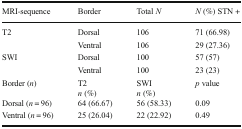
<table><thead><tr><td><b>MRI-sequence</b></td><td><b>Border</b></td><td><b>Total <i>N</i></b></td><td><b><i>N</i> (%) STN +</b></td></tr></thead><tbody><tr><td>T2</td><td>Dorsal</td><td>106</td><td>71 (66.98)</td></tr><tr><td></td><td>Ventral</td><td>106</td><td>29 (27.36)</td></tr><tr><td>SWI</td><td>Dorsal</td><td>100</td><td>57 (57)</td></tr><tr><td></td><td>Ventral</td><td>100</td><td>23 (23)</td></tr><tr><td>Border (<i>n</i>)</td><td>T2<i>n</i> (%)</td><td>SWI<i>n</i> (%)</td><td><i>p</i> value</td></tr><tr><td>Dorsal (<i>n</i> = 96)</td><td>64 (66.67)</td><td>56 (58.33)</td><td>0.09</td></tr><tr><td>Ventral (<i>n</i> = 96)</td><td>25 (26.04)</td><td>22 (22.92)</td><td>0.49</td></tr></tbody></table>